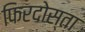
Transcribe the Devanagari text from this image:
फिरदोस्ता